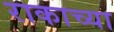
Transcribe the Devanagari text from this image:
राकाच्या